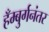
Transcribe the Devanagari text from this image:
हँम्बुर्गनंतर